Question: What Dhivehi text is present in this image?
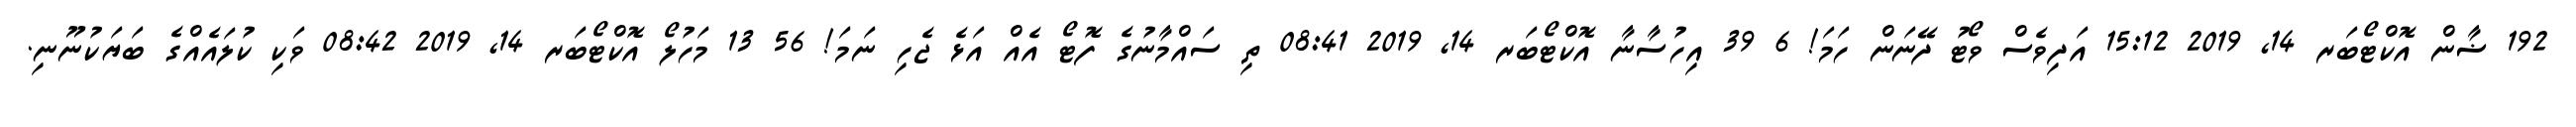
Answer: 192 ޟާން އޮކްޓޯބަރ 14, 2019 15:12 އަދިވެސް ވޯޓު ދޭނަން ހަމަ! 6 39 އިހުސާނާ އޮކްޓޯބަރ 14, 2019 08:41 ތި ސައްމާނުގެ ފޮޓޯ އެއް އަޅެ ޖެހި ނަމަ! 56 13 މަހުލޯ އޮކްޓޯބަރ 14, 2019 08:42 ވަކި ކުލައެއްގެ ބަޔަކުނޫނި.